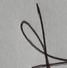
Signature authenticity: genuine